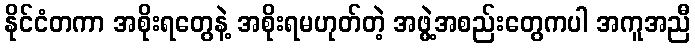
နိုင်ငံတကာ အစိုးရတွေနဲ့ အစိုးရမဟုတ်တဲ့ အဖွဲ့အစည်းတွေကပါ အကူအညီ